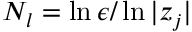
N _ { l } = \ln \epsilon / \ln | z _ { j } |